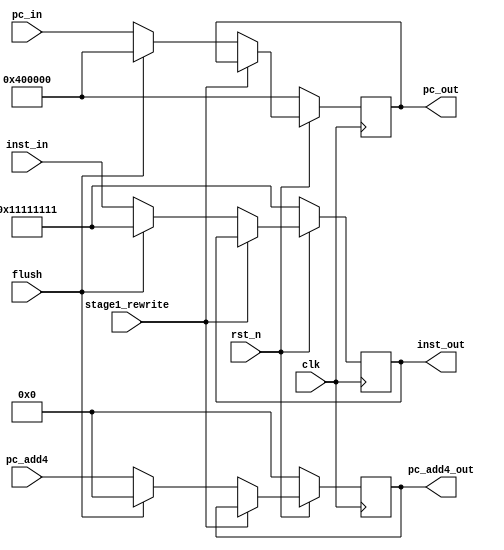
module IF_to_ID ( input clk, rst_n, stage1_rewrite, flush,//clock, reset
                  input [31:0] pc_in, pc_add4,//pc+4 for next clock cycle, pc for branch instruction calculation
                  input [31:0] inst_in, //instruction fetch
                  output reg [31:0] pc_out, pc_add4_out, //pc_out
                  output reg [31:0] inst_out); //instruction out
                  

                
always @(posedge clk) begin
  if (!rst_n) begin
    pc_out <= 32'h00400000;
    pc_add4_out <= 32'h00000000;
    inst_out <= 32'h11111111;
  end 
  //end 
  else if (stage1_rewrite) begin
    pc_out <= pc_out;
    pc_add4_out <= pc_add4_out;
    inst_out <= inst_out;
  end
  else if (flush) begin
	pc_out <= 32'h00400000;
	pc_add4_out <= 32'h00000000;
	inst_out <= 32'h11111111;
	end
  else begin
    pc_out <= pc_in;
    pc_add4_out <= pc_add4;
    inst_out <= inst_in;
  end
end
endmodule